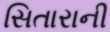
સિતારાની